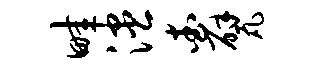
畦漶查甓